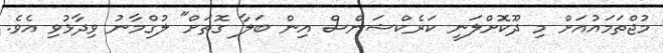
މުޖްތަމައުއަށް މި ދޫކޮށްލަނީ ކަރެކްޝަންސް އިން ބަލާ ގޮތަށް" ލުގްމާނު ވިދާޅުވި އެވެ.